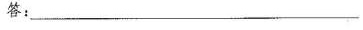
答：___